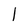
Character: 1